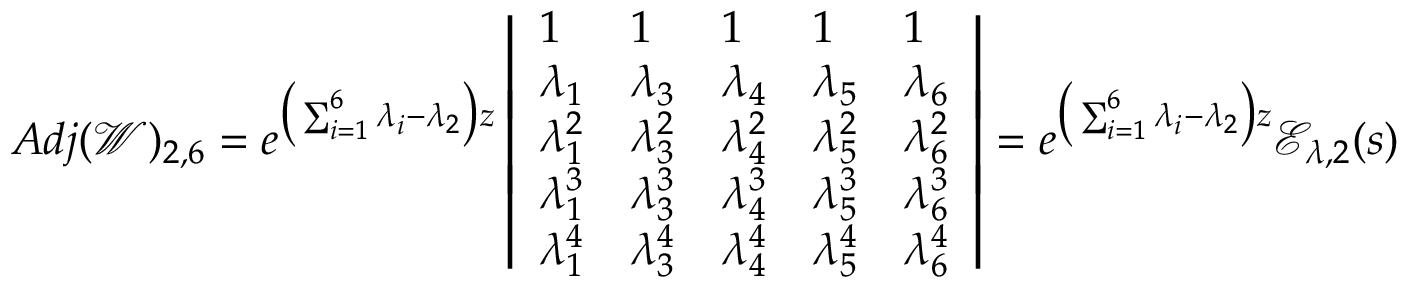
A d j ( \mathscr { W } ) _ { 2 , 6 } = e ^ { \big ( \sum _ { i = 1 } ^ { 6 } \lambda _ { i } - \lambda _ { 2 } \big ) z } \left| \begin{array} { l l l l l } { 1 } & { 1 } & { 1 } & { 1 } & { 1 } \\ { \lambda _ { 1 } } & { \lambda _ { 3 } } & { \lambda _ { 4 } } & { \lambda _ { 5 } } & { \lambda _ { 6 } } \\ { \lambda _ { 1 } ^ { 2 } } & { \lambda _ { 3 } ^ { 2 } } & { \lambda _ { 4 } ^ { 2 } } & { \lambda _ { 5 } ^ { 2 } } & { \lambda _ { 6 } ^ { 2 } } \\ { \lambda _ { 1 } ^ { 3 } } & { \lambda _ { 3 } ^ { 3 } } & { \lambda _ { 4 } ^ { 3 } } & { \lambda _ { 5 } ^ { 3 } } & { \lambda _ { 6 } ^ { 3 } } \\ { \lambda _ { 1 } ^ { 4 } } & { \lambda _ { 3 } ^ { 4 } } & { \lambda _ { 4 } ^ { 4 } } & { \lambda _ { 5 } ^ { 4 } } & { \lambda _ { 6 } ^ { 4 } } \end{array} \right| = e ^ { \big ( \sum _ { i = 1 } ^ { 6 } \lambda _ { i } - \lambda _ { 2 } \big ) z } \mathscr { E } _ { \lambda , 2 } ( s )